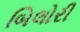
બિલોરી